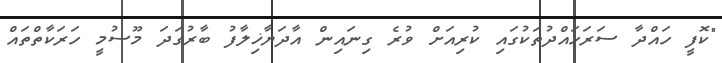
"ކޮފީ ހައްދާ ސަރަހައްދުތަކުގައި ކުރިއަށް ވުރެ ގިނައިން އާދަޔާޚިލާފު ބާރުގަދަ މޫސުމީ ހަރަކާތްތައް